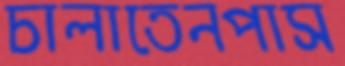
চালাতেনপাস